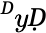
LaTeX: ^ḊyḌ